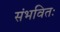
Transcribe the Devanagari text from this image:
संभवितः